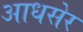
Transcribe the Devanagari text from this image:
आधसेर